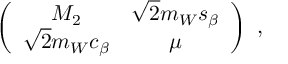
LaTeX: \left( \begin{array} { c c } { { M _ { 2 } } } & { { \sqrt { 2 } m _ { W } s _ { \beta } } } \\ { { \sqrt { 2 } m _ { W } c _ { \beta } } } & { { \mu } } \end{array} \right) \ ,